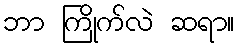
ဘာ ကြိုက်လဲ ဆရာ။